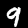
Label: 9